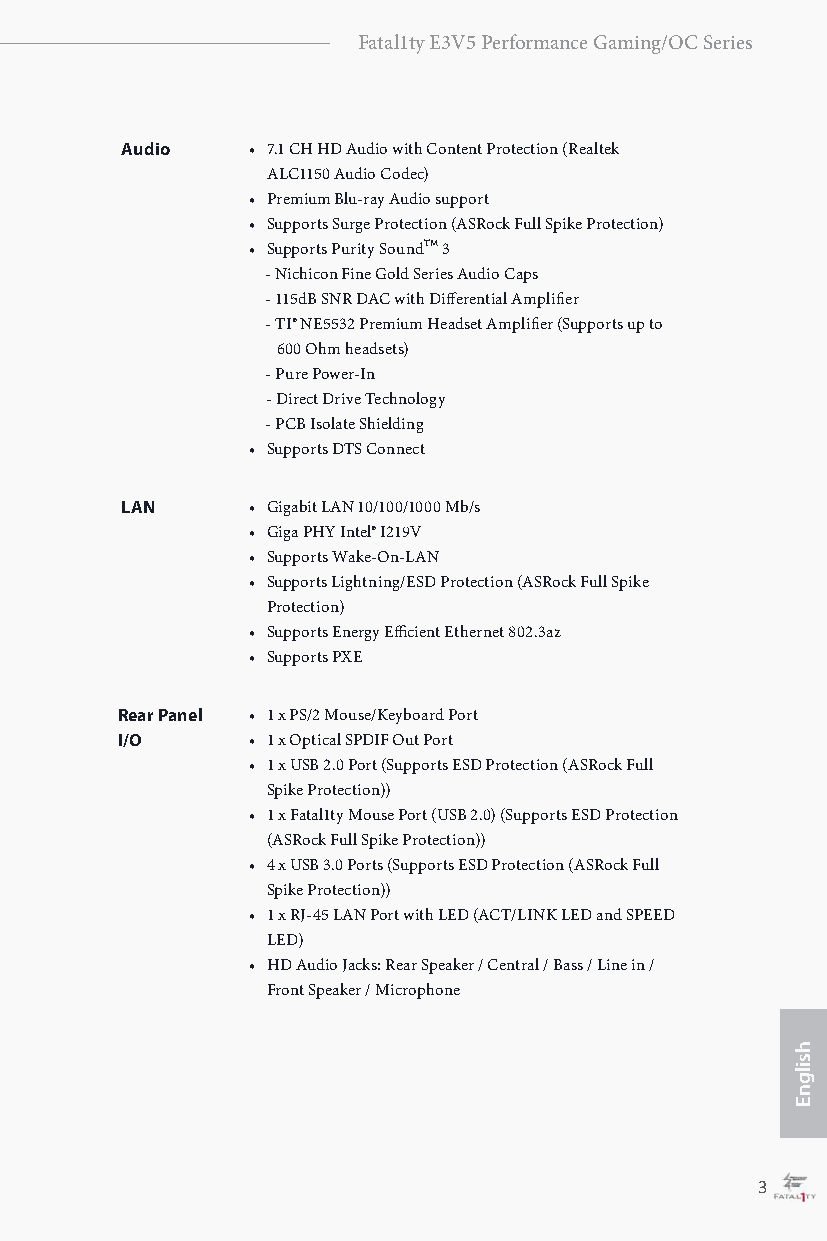
Fatal1ty E3V5 Performance Gaming/OC Series
 Audio   • 7.1 CH HD Audio with Content Protection (Realtek
 ALC1150 Audio Codec)
 • Premium Blu-ray Audio support
 • Supports Surge Protection (ASRock Full Spike Protection)
 • Supports Purity SoundTM 3
 - Nichicon Fine Gold Series Audio Caps
 - 115dB SNR DAC with Differential Amplifier
 - TI® NE5532 Premium Headset Amplifier (Supports up to
 600 Ohm headsets)
 - Pure Power-In
 - Direct Drive Technology
 - PCB Isolate Shielding
 • Supports DTS Connect
 LAN     • Gigabit LAN 10/100/1000 Mb/s
 • Giga PHY Intel® I219V
 • Supports Wake-On-LAN
 • Supports Lightning/ESD Protection (ASRock Full Spike
 Protection)
 • Supports Energy Efficient Ethernet 802.3az
 • Supports PXE
 Rear Panel • 1 x PS/2 Mouse/Keyboard Port
 I/O     • 1 x Optical SPDIF Out Port
 • 1 x USB 2.0 Port (Supports ESD Protection (ASRock Full
 Spike Protection))
 • 1 x Fatal1ty Mouse Port (USB 2.0) (Supports ESD Protection
 (ASRock Full Spike Protection))
 • 4 x USB 3.0 Ports (Supports ESD Protection (ASRock Full
 Spike Protection))
 • 1 x RJ-45 LAN Port with LED (ACT/LINK LED and SPEED
 LED)
 • HD Audio Jacks: Rear Speaker / Central / Bass / Line in /
 Front Speaker / Microphone
 2                                                 3
 hsilgnE